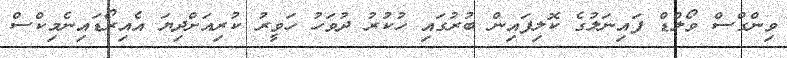
ވިންގްސް ވޯލްޑް ފައިނަލުގެ ކޮލިފައިން ބުރުގައި ހުކުރު ދުވަހު ހަވީރު ކުރިއަށްދިޔަ އެއިރޯޑައިނެމިކްސް